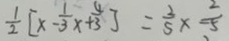
\frac { 1 } { 2 } [ x - \frac { 1 } { 3 } x + \frac { 4 } { 3 } ] = \frac { 2 } { 5 } \times \frac { 2 } { - 5 }